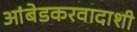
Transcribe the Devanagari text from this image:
आंबेडकरवादाशी